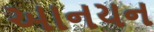
આનયન